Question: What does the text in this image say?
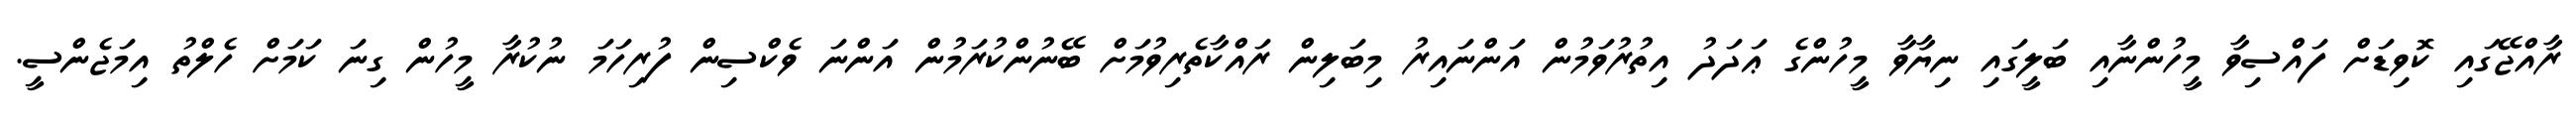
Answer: ރާއްޖޭގައި ކޮވިޑަށް ފައްސިވާ މީހުންނާއި ބަލީގައި ނިޔާވާ މީހުންގެ ޢަދަދު އިތުރުވަމުން އަންނައިރު މިބަލިން ރައްކާތެރިވުމަށް ބޭނުންކުރަމުން އަންނަ ވެކްސިން ފުރިހަމަ ނުކުރާ މީހުން ގިނަ ކަމަށް ހެލްތު އިމަޖެންސީ.